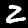
Label: 2